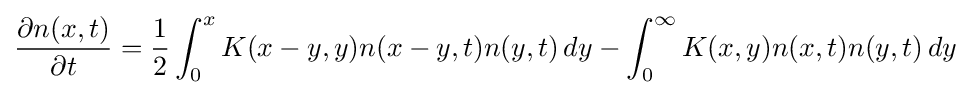
{\frac {\partial n(x,t)}{\partial t}}={\frac {1}{2}}\int _{0}^{x}K(x-y,y)n(x-y,t)n(y,t)\,dy-\int _{0}^{\infty }K(x,y)n(x,t)n(y,t)\,dy